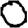
Digit: 0